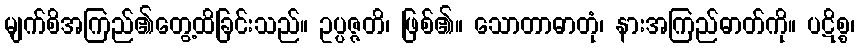
မျက်စိအကြည်၏တွေ့ထိခြင်းသည်။ ဥပ္ပဇ္ဇတိ၊ ဖြစ်၏။ သောတာဓာတုံ၊ နားအကြည်ဓာတ်ကို။ ပဋိစ္စ၊